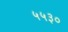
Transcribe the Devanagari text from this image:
५५३०